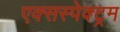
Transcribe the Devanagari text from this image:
एक्सस्पेक्ट्रम